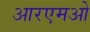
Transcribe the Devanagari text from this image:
आरएमओ